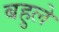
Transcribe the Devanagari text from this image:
बहुले